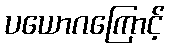
ပယောဂကြောင့်